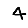
Digit: 4